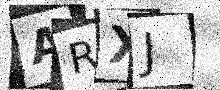
Text: ARXJ